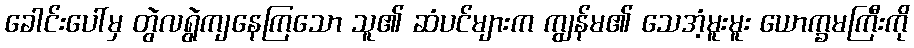
ခေါင်းပေါ်မှ တွဲလရွဲကျနေကြသော သူ၏ ဆံပင်များက ကျွန်မ၏ သေအံ့မူးမူး ယောက္ခမကြီးကို